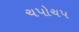
ચપોચપ